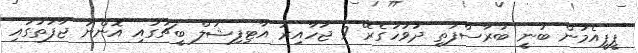
ޕީޕީއެމުން ބުނީ ބުރާސްފަތި ދުވަހުގެރޭ 9 ޖަހާއިރު އާޓިފިޝަލް ބީޗުގައި އޮންނަ ޖާފަތުގައި